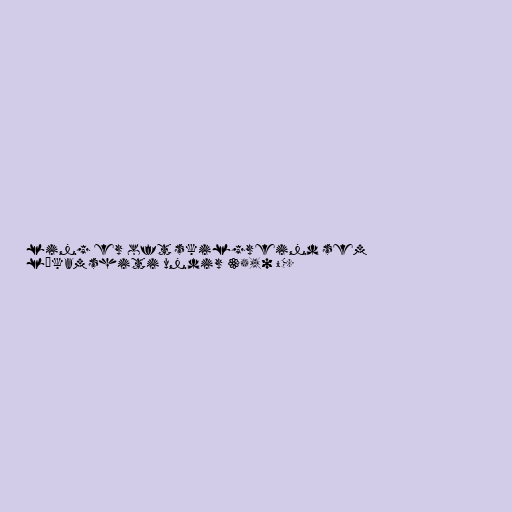
ling er oft skilgreind sem
líkamshiti undir 35,0 °C.